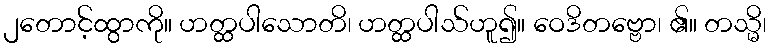
၂တောင့်ထွာကို။ ဟတ္ထပါသောတိ၊ ဟတ္ထပါသ်ဟူ၍။ ဝေဒိတဗ္ဗော၊ ၏။ တသ္မိ၊